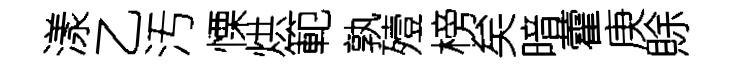
漾乙汚慄烘範孰殪榜矣暗藿庚賖